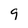
Character: 9